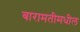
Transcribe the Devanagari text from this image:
बारामतीमधील